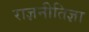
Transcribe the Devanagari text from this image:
राज्ञनीतिज्ञा